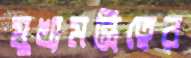
মুখ্যমন্ত্রিত্বের